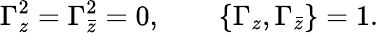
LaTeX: {\Gamma_{z}^{2}=\Gamma_{\bar{z}}^{2}=0,\qquad\{ \Gamma_{z},\Gamma_{\bar{z}}\} =1.}